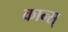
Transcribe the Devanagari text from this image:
कान्स्